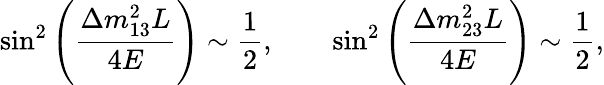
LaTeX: \sin^{2}\left(\frac{\Delta m_{13}^{2}L}{4E}\right)\sim\frac{1}{2},\qquad\sin^{2}\left(\frac{\Delta m_{23}^{2}L}{4E}\right)\sim\frac{1}{2},